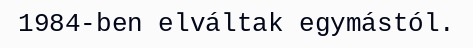
1984-ben elváltak egymástól.